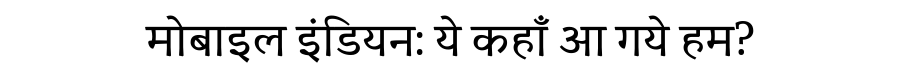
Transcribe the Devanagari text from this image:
मोबाइल इंडियन: ये कहाँ आ गये हम?